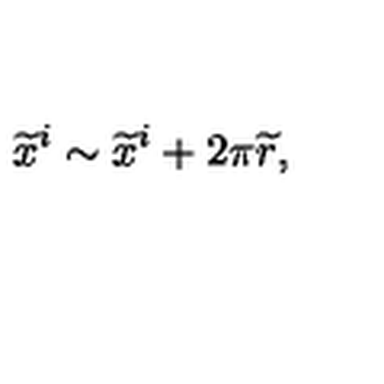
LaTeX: { \widetilde x } ^ { i } \sim { \widetilde x } ^ { i } + 2 \pi { \widetilde r } ,